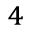
^ 4